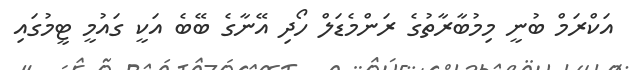
އަކްރަމް ބުނީ މިމުބާރާތުގެ ރަންމެޑަލް ހޯދި އޭނާގެ ބޭބެ އަކީ ގައުމީ ޓީމުގައި